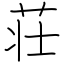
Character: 荘